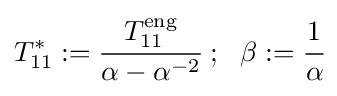
T_{11}^{*}:={\cfrac {T_{11}^{\mathrm {eng} }}{\alpha -\alpha ^{-2}}}~;~~\beta :={\cfrac {1}{\alpha }}